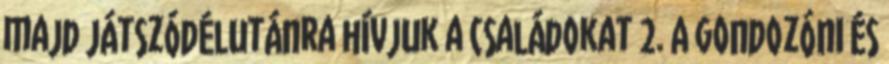
majd játszódélutánra hívjuk a családokat 2. A gondozónı és